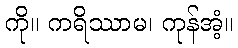
ကို။ ကရိဿာမ၊ ကုန်အံ့။